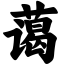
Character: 蔼